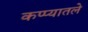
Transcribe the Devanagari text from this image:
कप्प्यातले